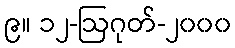
၉။ ၁၂-ဩဂုတ်-၂၀၀၀